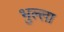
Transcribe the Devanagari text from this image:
भुल्ला